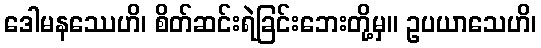
ဒေါမနဿေဟိ၊ စိတ်ဆင်းရဲခြင်းဘေးတို့မှ။ ဥပယာသေဟိ၊